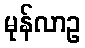
မုန်လာဥ